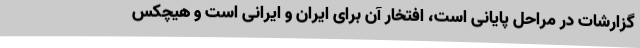
گزارشات در مراحل پایانی است، افتخار آن برای ایران و ایرانی است و هیچکس